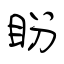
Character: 盼